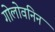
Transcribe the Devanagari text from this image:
गोलोवनिन